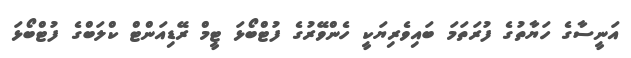
އަނީސާގެ ހަޔާތުގެ ފުރަތަމަ ބައިވެރިޔަކީ ހެންވޭރުގެ ފުޓްބޯޅަ ޓީމް ރޭޑިއަންޓް ކްލަބްގެ ފުޓްބޯޅަ